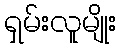
ရှမ်းလူမျိုး